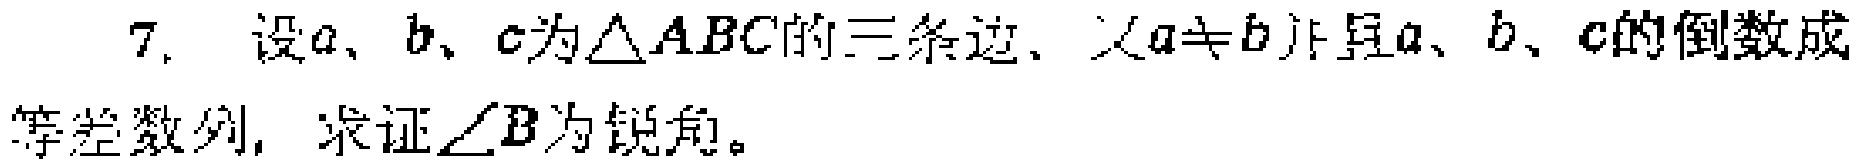
7. 设\(a\)、\(b\)、\(c\)为\(\triangle ABC\)的三条边，（\(a\neq b\)）且\(a\)、\(b\)、\(c\)的倒数成等差数列，求证\(\angle B\)为锐角。